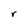
Character: r